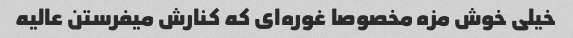
خیلی خوش مزه مخصوصا غوره‌ای که کنارش میفرستن عالیه